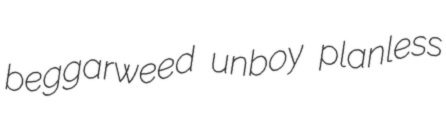
beggarweed unboy planless